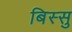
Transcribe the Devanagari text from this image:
बिस्सु